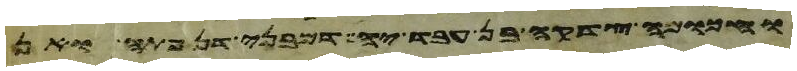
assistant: ומשה בן שמנים שנה ואהרן